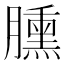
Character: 臐